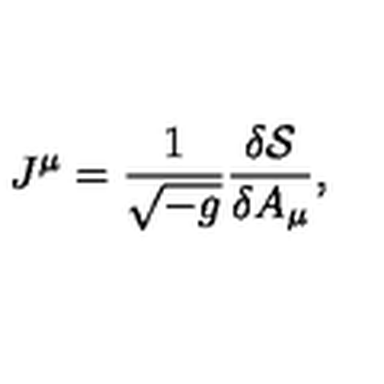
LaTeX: J ^ { \mu } = \frac { 1 } { \sqrt { - g } } \frac { \delta { \cal S } } { \delta A _ { \mu } } ,